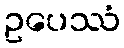
ဥပေဿံ